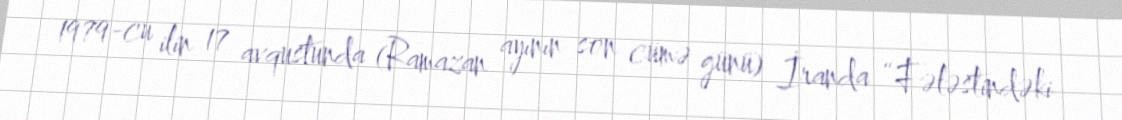
1979-cu ilin 17 avqustunda (Ramazan ayının son cümə günü) İranda “Fələstindəki